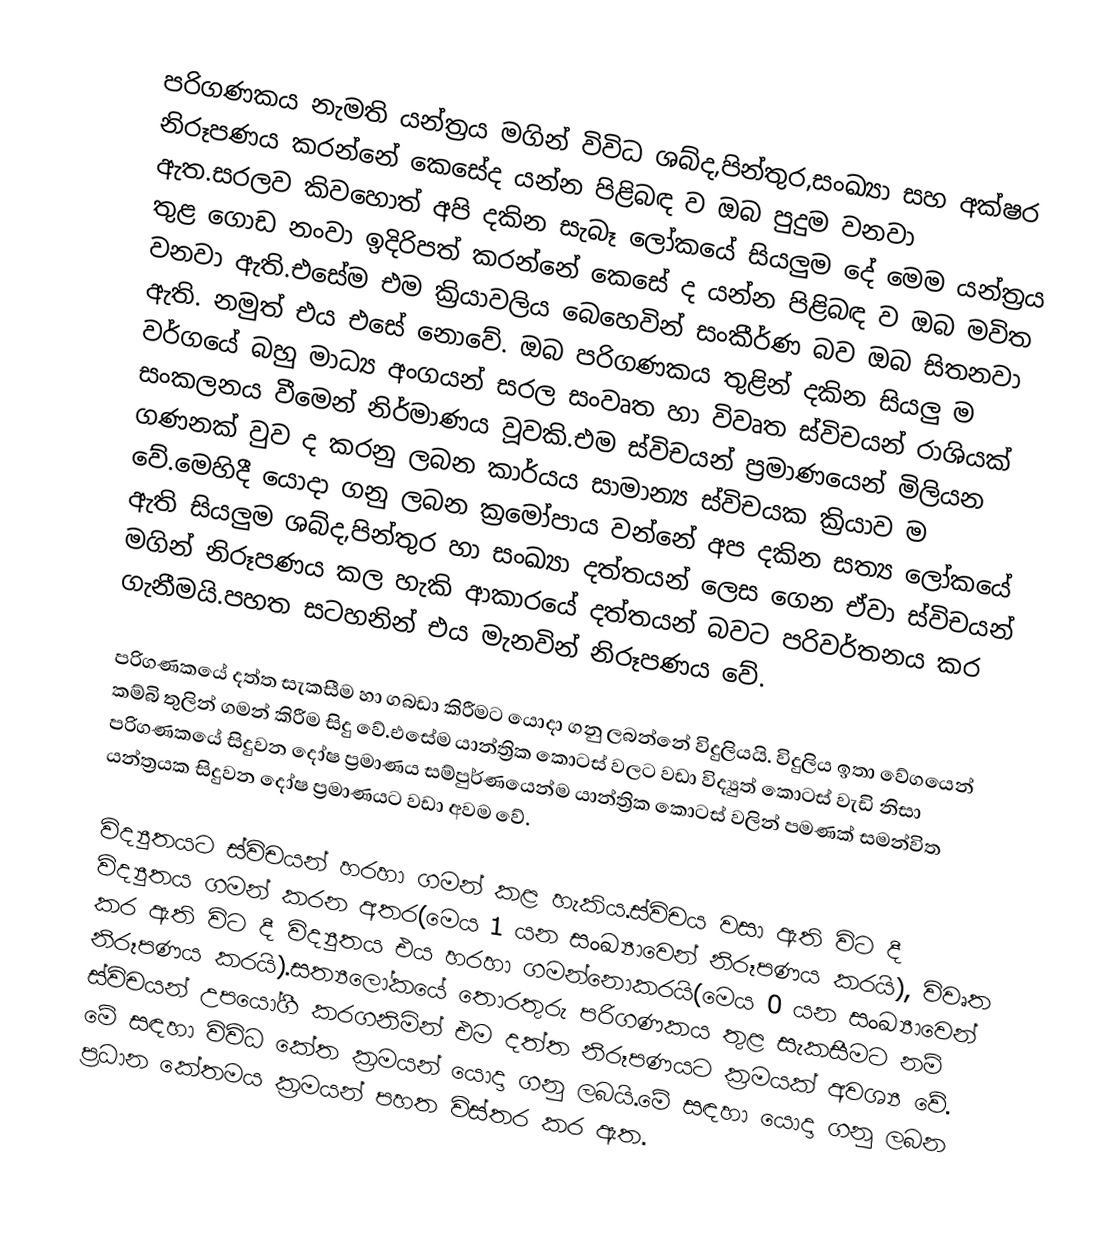
පරිගණකය නැමති යන්ත්‍රය මගින් විවිධ  ශබ්ද,පින්තුර,සංඛ්‍යා සහ අක්ෂර නිරූපණය කරන්නේ කෙසේද යන්න පිළිබඳ ව ඔබ පුදුම වනවා ඇත.සරලව කිවහොත් අපි දකින සැබෑ ලෝකයේ සියලුම දේ මෙම යන්ත්‍රය තුළ ගොඩ නංවා ඉදිරිපත් කරන්නේ කෙසේ ද යන්න පිළිබඳ ව ඔබ මවිත වනවා ඇති.එසේම එම ක්‍රියාවලිය බෙහෙවින් සංකීර්ණ බව ඔබ සිතනවා ඇති. නමුත් එය එසේ නොවේ. ඔබ පරිගණකය තුළින් දකින සියලු ම වර්ගයේ බහු මාධ්‍ය අංගයන් සරල සංවෘත හා විවෘත ස්විචයන් රාශියක් සංකලනය වීමෙන් නිර්මාණය වූවකි.එම ස්විචයන් ප්‍රමාණයෙන් මිලියන ගණනක් වුව ද කරනු ලබන කාර්යය සාමාන්‍ය ස්විචයක ක්‍රියාව ම වේ.මෙහිදී යොදා ගනු ලබන ක්‍රමෝපාය වන්නේ අප දකින සත්‍ය ලෝකයේ ඇති සියලුම ශබ්ද,පින්තුර හා සංඛ්‍යා දත්තයන් ලෙස ගෙන ඒවා ස්විචයන් මගින් නිරූපණය කල හැකි ආකාරයේ දත්තයන් බවට පරිවර්තනය කර ගැනීමයි.පහත සටහනින් එය මැනවින් නිරූපණය වේ.

පරිගණකයේ දත්ත සැකසීම හා ගබඩා කිරීමට යොදා ගනු ලබන්නේ විදුලියයි. විදුලිය  ඉතා වේගයෙන් කම්බි තුලින් ගමන් කිරීම සිදු වේ.එසේම යාන්ත්‍රික කොටස් වලට වඩා විද්‍යුත් කොටස් වැඩි නිසා පරිගණකයේ සිදුවන දෝෂ ප්‍රමාණය සම්පුර්ණයෙන්ම යාන්ත්‍රික කොටස් වලින් පමණක් සමන්විත යන්ත්‍රයක සිදුවන දෝෂ ප්‍රමාණයට වඩා අවම වේ.

විද්‍යුතයට ස්විචයන් හරහා ගමන් කළ හැකිය.ස්විචය වසා ඇති විට දී විද්‍යුතය ගමන් කරන අතර(මෙය 1 යන සංඛ්‍යාවෙන් නිරූපණය කරයි), විවෘත කර ඇති විට දී  විද්‍යුතය එය හරහා ගමන්නොකරයි(මෙය 0 යන සංඛ්‍යාවෙන් නිරූපණය කරයි).සත්‍යලෝකයේ තොරතුරු පරිගණකය  තුළ සැකසීමට නම් ස්විචයන් උපයෝගී කරගනිමින් එම දත්ත නිරූපණයට ක්‍රමයක් අවශ්‍ය වේ. මේ සඳහා විවිධ කේත ක්‍රමයන්  යොදා ගනු ලබයි.මේ සඳහා යොදා ගනු ලබන ප්‍රධාන කේතමය ක්‍රමයන් පහත විස්තර කර ඇත.